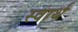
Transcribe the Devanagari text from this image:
स्‍वार्थ